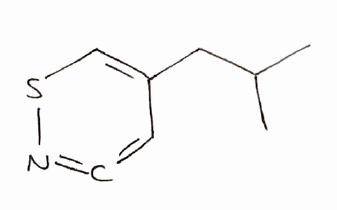
Simplified molecular-input line-entry system (SMILES) notation of the given molecule:
CC(C)CC1=CSN=C=C1